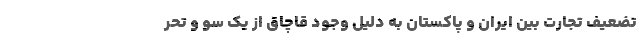
تضعیف تجارت بین ایران و پاکستان به دلیل وجود قاچاق از یک سو و تحر